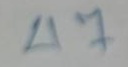
47